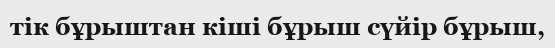
тік бұрыштан кіші бұрыш сүйір бұрыш,